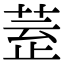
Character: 𣦀